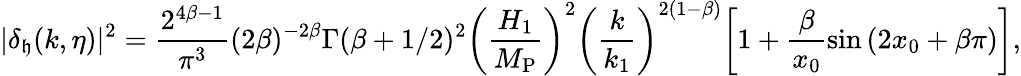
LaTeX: |\delta_{\mathfrak{h}}(k,\eta)|^{2}=\frac{{2^{4\beta-1}}}{{\pi^{3}}}(2\beta)^{-2\beta}\Gamma(\beta+1/2)^{2}\biggl(\frac{{H_{1}}}{{M_{\mathrm{{P}}}}}\biggr)^{2}\biggl(\frac{{k}}{{k_{1}}}\biggr)^{2(1-\beta)}\biggl[1+\frac{{\beta}}{{x_{0}}}\sin{(2x_{0}+\beta\pi)}\biggr],